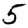
Digit: 5